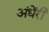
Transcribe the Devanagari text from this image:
अंधेंरी